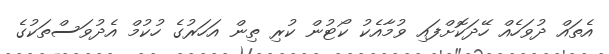
އެތައް ދުވަހެއް ހޭދަކޮށްފައި ވުމާއެކު ކޯޓުން ކުރި ތިން އަހަރުގެ ހުކުމް އެދުވަސްތަކުގެ